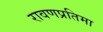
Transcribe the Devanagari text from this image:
रावणप्रतिमा